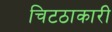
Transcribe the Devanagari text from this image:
चिटठाकारी